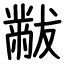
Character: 黻